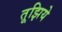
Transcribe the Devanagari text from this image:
तूझिये